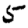
Digit: 5